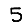
Digit: 5